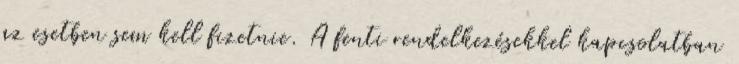
az esetben sem kell fizetnie. A fenti rendelkezésekkel kapcsolatban